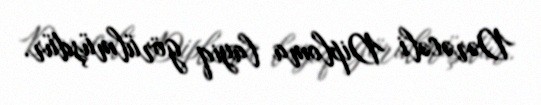
Dərəcəli Diploma layiq görülmüşdür.